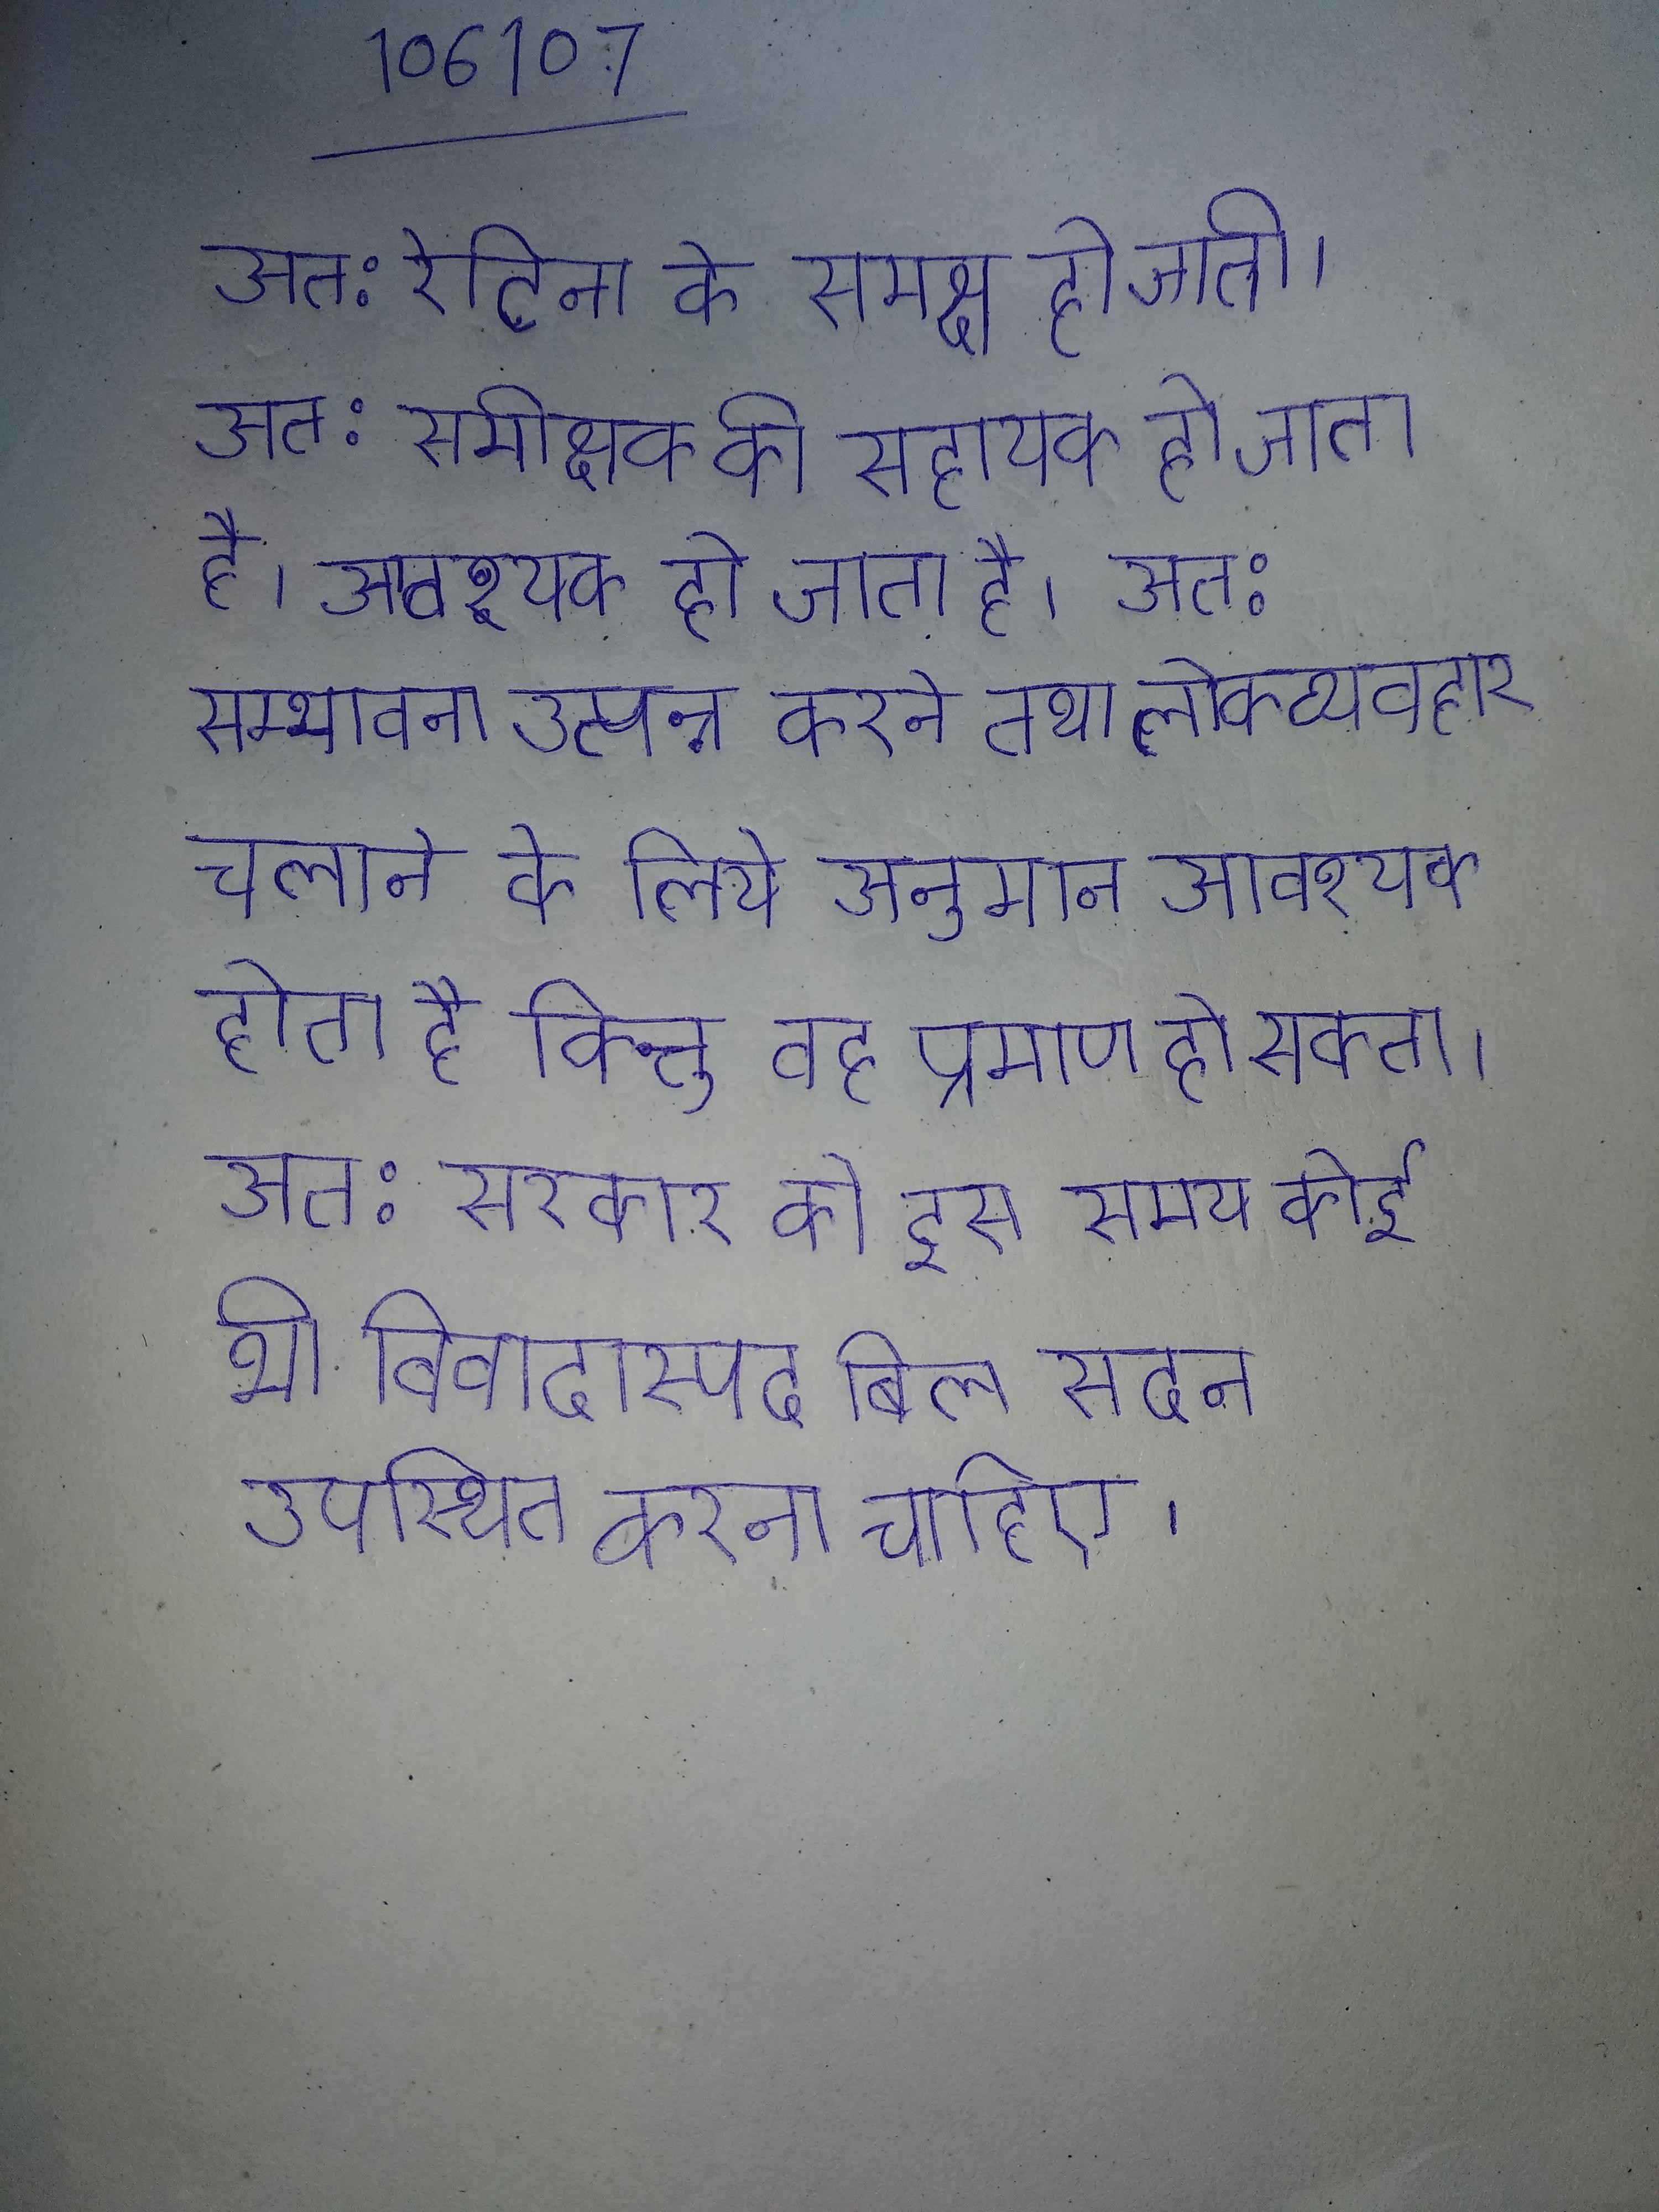
अत: रेटिना के समक्ष हो जाती । अत: समीक्षक की सहायता के लिये देना आवश्यक हो जाता है । अत: सम्भावना उत्पन्न करने तथा लोकव्यवहार चलाने के लिये अनुमान आवश्यक होता है किन्तु वह प्रमाण हो सकता । अत: सरकार को इस समय कोई भी विवादास्पद बिल सदन उपस्थित करना चाहिए ।